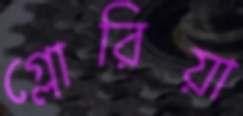
গ্লোরিয়া